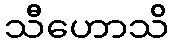
သီဟောသိ